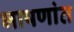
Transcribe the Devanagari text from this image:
भाषणांत